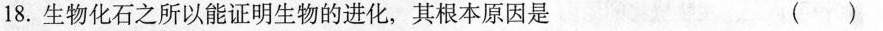
18.生物化石之所以能证明生物的进化，其根本原因是 ()